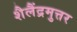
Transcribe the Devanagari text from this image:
शैलैंद्रमुत्तर